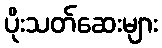
ပိုးသတ်ဆေးများ